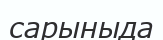
сарыныда